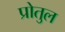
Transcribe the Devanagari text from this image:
प्रोतुल